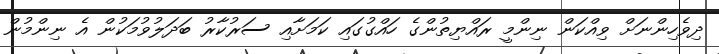
ދިވެހިންނަށް ވިއްކަން ނިންމީ ރައްޔިތުންގެ ހައްގުގައި ކަމަށާއި ސަރުކާރު ބަދަލުވުމަކުން އެ ނިންމުން